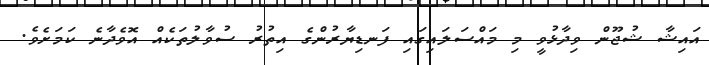
އައިޝާ ޝުޖޫން ވިދާޅުވީ މި މައްސަލައިގައި ފަނޑިޔާރުންގެ އިތުރު ސުވާލުތަކެއް އޮވެދާނެ ކަމަށެވެ.